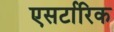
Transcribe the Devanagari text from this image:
एसर्टारिक